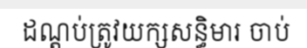
ដណ្តប់ត្រូវយក្សសន្ធិមារ ចាប់